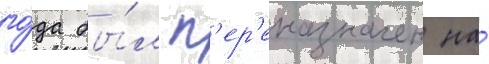
го́да бы́л п'ер'еназначен на́